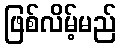
ဖြစ်လိမ့်မည်